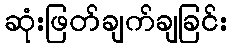
ဆုံးဖြတ်ချက်ချခြင်း